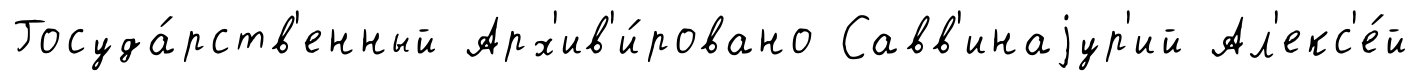
Госуда́рств'енный Арх'ив'и́ровано Савв'инаjур'ий Ал'екс'е́й